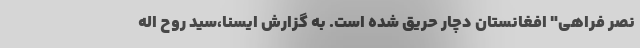
نصر فراهی" افغانستان دچار حریق شده است. به گزارش ایسنا،سید روح اله